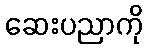
ဆေးပညာကို